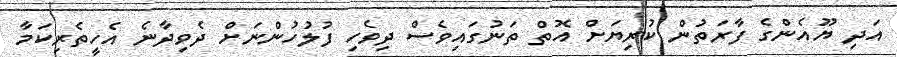
އަދި ޔޫއެންގެ ފާރަތުން ކުރިޔަށް އޮތް ތަނުގައިވެސް ދިވެހި ފުލުހުންނަށް ދެވިދާނެ އެހީތެރިކަމާ